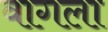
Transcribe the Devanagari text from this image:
वागला